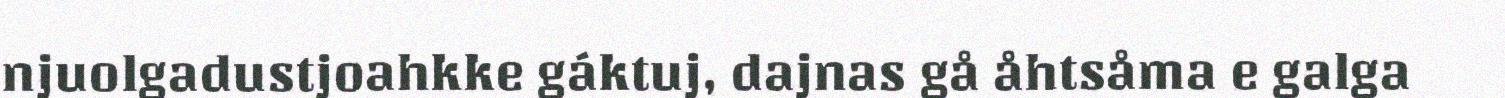
njuolgadustjoahkke gáktuj, dajnas gå åhtsåma e galga